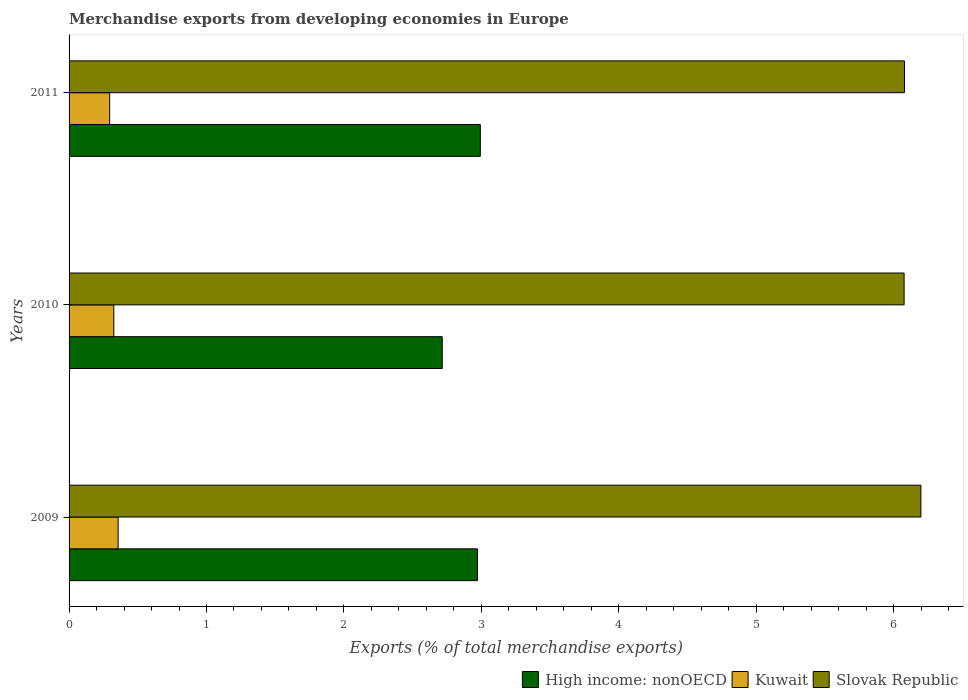
| Years | High income: nonOECD | Kuwait | Slovak Republic |
 | --- | --- | --- | --- |
 | 2009 | 2.97 | 0.357 | 6.2 |
 | 2010 | 2.72 | 0.326 | 6.08 |
 | 2011 | 2.99 | 0.295 | 6.08 |